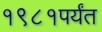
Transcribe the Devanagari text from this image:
१९८१पर्यंत